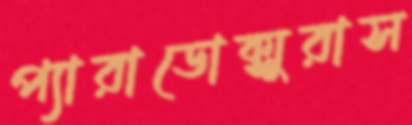
প্যারাডোক্সুরাস